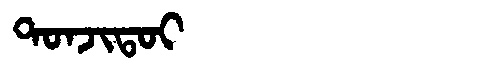
Manchu: ᡨᠣᠨᠵᡳᡨᠣᡳ
Romanization: TONJITOI